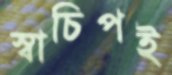
স্বাচিপই